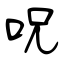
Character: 呪